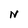
Character: N